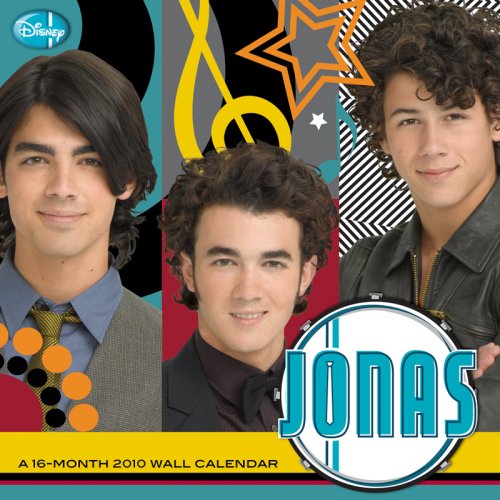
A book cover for JONAS TV 2010 Wall Calendar; Trends; Calendars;